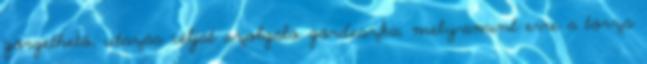
görgethető, utazás célját szolgáló gördeszka, mely-amint erre a törzs